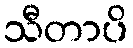
သီတာပိ